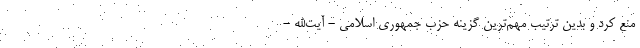
منع کرد و بدین ترتیب مهم‌ترین گزینه حزب جمهوری اسلامی - آیت‌الله -